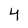
Character: 4